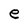
Character: e